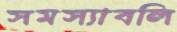
সমস্যাবলি